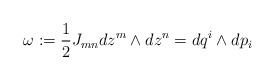
LaTeX: \begin{align*}\omega:=\frac{1}{2}J_{mn}dz^{m}\wedge dz^{n}=dq^{i}\wedge dp_{i}\end{align*}